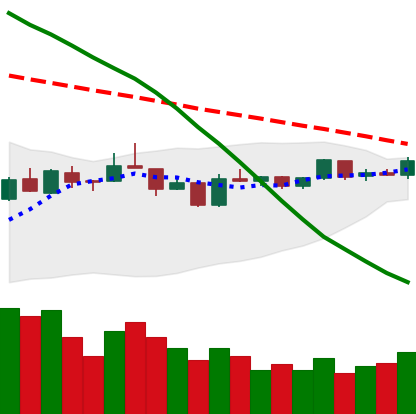
Ticker: EOS-USD
Chart end date: 2019-01-06
Forward return: -15.941%
Label: down_7plus